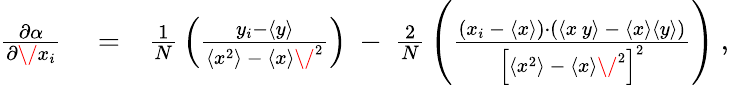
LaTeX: \begin{array}{rlr}{{\frac{\partial\alpha}{\partial\/ x_{i}}}}&{{}=}&{{\frac{1}{N}}\left(\frac{y_{i}-\langle{y}\rangle}{\langle{x}^{2}\rangle\ -\ \langle{x}\rangle\/ ^{2}}\right)\ -\ {\frac{2}{N}}\left(\frac{\left(x_{i}\ -\ \langle{x}\rangle\right)\cdot\left(\langle{x\, y}\rangle\ -\ \langle{x}\rangle\langle{y}\rangle\right)}{\left[\langle{x}^{2}\rangle\ -\ \langle{x}\rangle\/ ^{2}\right]^{2}}\right)\ ,}\end{array}